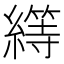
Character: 𦅯